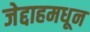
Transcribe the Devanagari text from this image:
जेद्दाहमधून